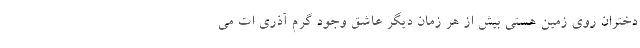
دختران روی زمین هستی بیش از هر زمان دیگر عاشق وجود گرم آذری ات می